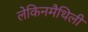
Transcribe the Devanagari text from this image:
लेकिनमैथिली